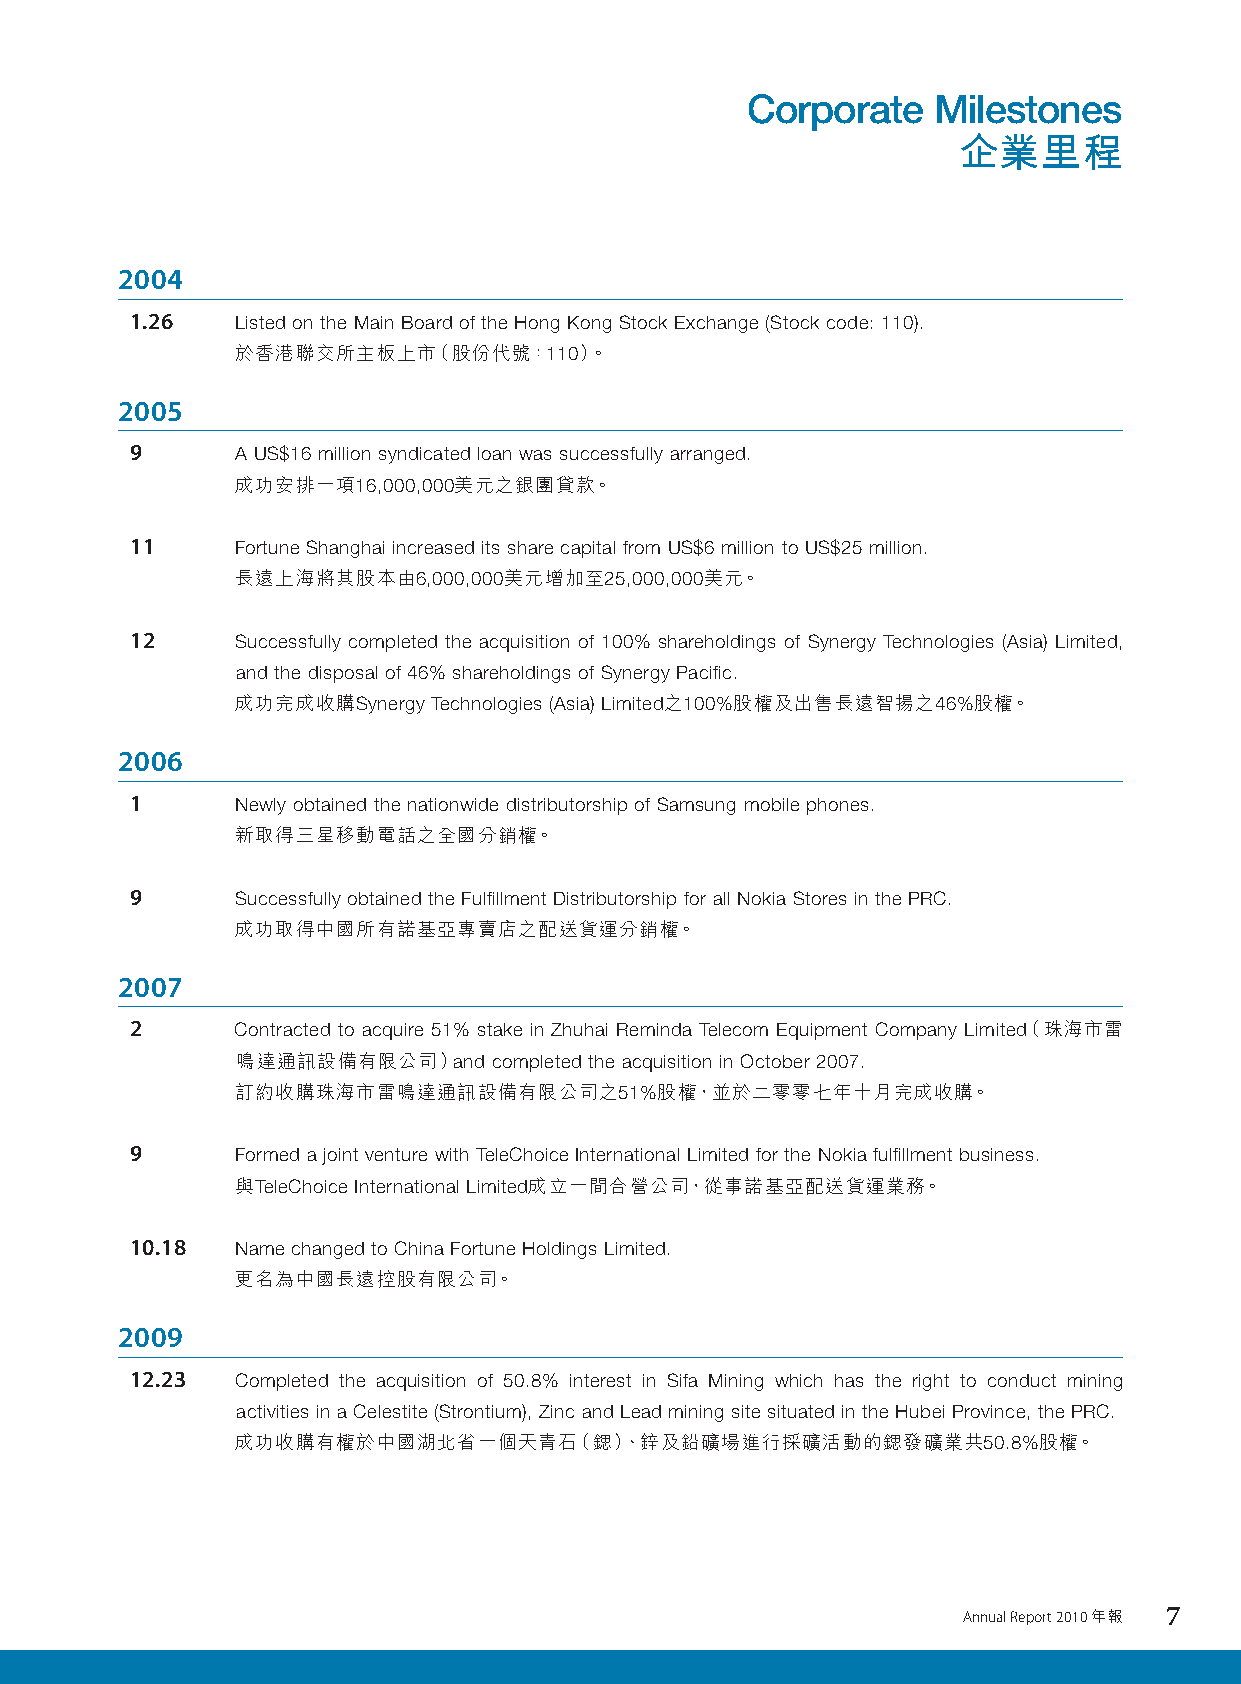
Corporate    Milestones
 企業里程
 2004
 1.26   Listed on the Main Board of the Hong Kong Stock Exchange (Stock code: 110).
 於香港聯交所主板上市（股份代號：110）。
 2005
 9      A US$16 million syndicated loan was successfully arranged.
 成功安排一項16,000,000美元之銀團貸款。
 11     Fortune Shanghai increased its share capital from US$6 million to US$25 million.
 長遠上海將其股本由6,000,000美元增加至25,000,000美元。
 12     Successfully completed the acquisition of 100% shareholdings of Synergy Technologies (Asia) Limited,
 and the disposal of 46% shareholdings of Synergy Pacific.
 成功完成收購Synergy Technologies (Asia) Limited之100%股權及出售長遠智揚之46%股權。
 2006
 1      Newly obtained the nationwide distributorship of Samsung mobile phones.
 新取得三星移動電話之全國分銷權。
 9      Successfully obtained the Fulfillment Distributorship for all Nokia Stores in the PRC.
 成功取得中國所有諾基亞專賣店之配送貨運分銷權。
 2007
 2      Contracted to acquire 51% stake in Zhuhai Reminda Telecom Equipment Company Limited（珠海市雷
 鳴達通訊設備有限公司）and   completed the acquisition in October 2007.
 訂約收購珠海市雷鳴達通訊設備有限公司之51%股權，並於二零零七年十月完成收購。
 9      Formed a joint venture with TeleChoice International Limited for the Nokia fulfillment business.
 與TeleChoice International Limited成立一間合營公司，從事諾基亞配送貨運業務。
 10.18  Name changed to China Fortune Holdings Limited.
 更名為中國長遠控股有限公司。
 2009
 12.23  Completed the acquisition of 50.8% interest in Sifa Mining which has the right to conduct mining
 activities in a Celestite (Strontium), Zinc and Lead mining site situated in the Hubei Province, the PRC.
 成功收購有權於中國湖北省一個天青石（鍶）、鋅及鉛礦場進行採礦活動的鍶發礦業共50.8%股權。
 Annual Report 2010 年報 7